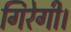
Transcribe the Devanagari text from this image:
गिरेगी।